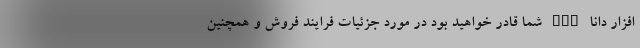
افزار دانا CRM شما قادر خواهید بود در مورد جزئیات فرایند فروش و همچنین